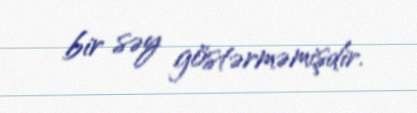
bir səy göstərməmişdir.